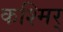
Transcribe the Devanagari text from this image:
कश्मिर्